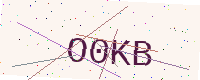
Text: O0KB